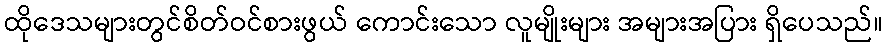
ထိုဒေသများတွင်စိတ်ဝင်စားဖွယ် ကောင်းသော လူမျိုးများ အများအပြား ရှိပေသည်။